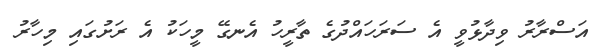
އަސްރާރު ވިދާޅުވީ އެ ސަރަހައްދުގެ ތާރީހު އެނގޭ މީހަކު އެ ރަށުގައި މިހާރު